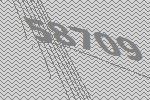
58709